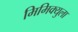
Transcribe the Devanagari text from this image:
मिमिक्युला